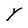
Character: Y